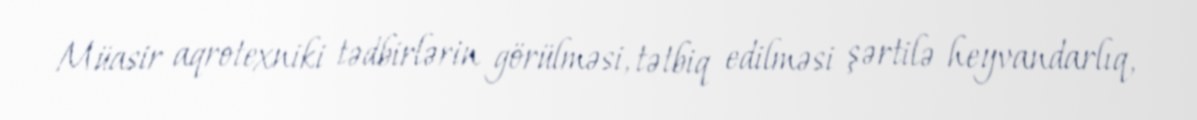
Müasir aqrotexniki tədbirlərin görülməsi, tətbiq edilməsi şərtilə heyvandarlıq,